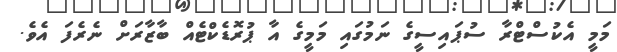
މަމީ އެކުސްޓްރާ ސުޕައިސީގެ ނަމުގައި މަމީގެ އާ ޕުރޮޑެކްޓެއް ބާޒާރަށް ނެރެފަ އެވެ.